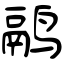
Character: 鹝